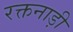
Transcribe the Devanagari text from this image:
रक्तनाड़ी